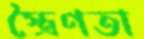
স্ত্রৈণতা